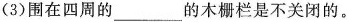
(3)围在四周的___的木栅栏是不关闭的。